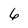
Character: 6